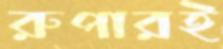
রুপারই